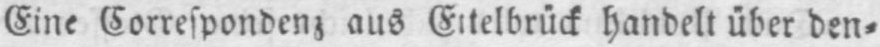
handelt über den⸗